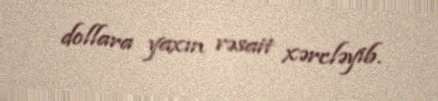
dollara yaxın vəsait xərcləyib.